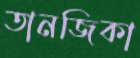
তানজিকা